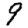
Digit: 9